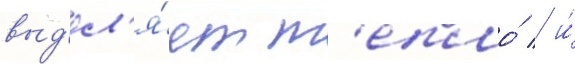
выд'ел'я́ет т'епло́ / и́